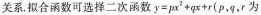
关系。拟合函数可选择二次函数$$y = p x ^ { 2 } + q x + r$$(p，q，r为